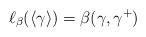
LaTeX: \begin{align*} \ell_\beta(\langle \gamma\rangle)=\beta(\gamma,\gamma^+)\end{align*}